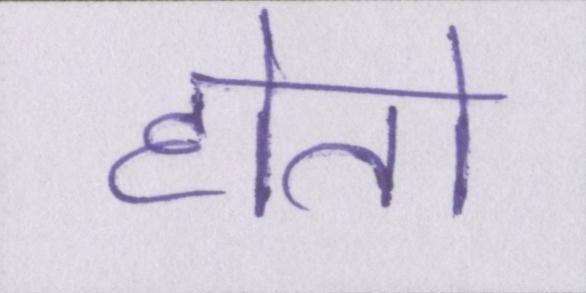
होतो